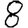
Digit: 8